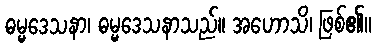
ဓမ္မဒေသနာ၊ ဓမ္မဒေသနာသည်။ အဟောသိ၊ ဖြစ်၏။